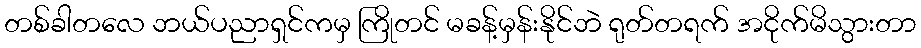
တစ်ခါတလေ ဘယ်ပညာရှင်ကမှ ကြိုတင် မခန့်မှန်းနိုင်ဘဲ ရုတ်တရက် အငိုက်မိသွားတာ